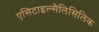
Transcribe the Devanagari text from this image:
एसिटाइल्सैलिसिलिक